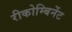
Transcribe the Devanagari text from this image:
रीकोम्बिनेंट